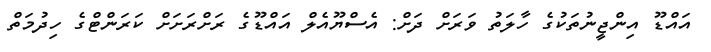
އައްޑޫ އިންޖީނުތަކުގެ ހާލަތު ވަރަށް ދަށް: އެސްޔޫއެލް އައްޑޫގެ ރަށްރަށަށް ކަރަންޓްގެ ހިދުމަތް